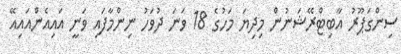
ސިންގަޕޫރު އާބިޓްރޭޝަނުން މިދިޔަ މަހުގެ 18 ވަނަ ދުވަހު ނިންމާފައި ވަނީ އައިއެންއައިއޭ